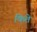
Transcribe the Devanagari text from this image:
किते